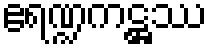
ဧရဏ္ဍကဋ္ဌဿ